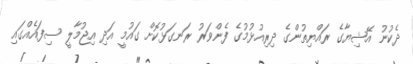
ދެކުނު އޭޝިޔާގެ ރައްޔިތުންގެ ދިރިއުޅުމުގެ ފެންވަރު ރަނގަޅުކޮށް ގައުމީ އަދި އިޖުމާލީ ސިފައެއްގައި